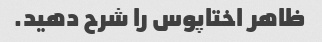
ظاهر اختاپوس را شرح دهید.